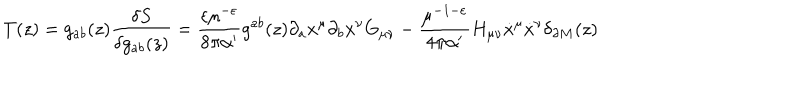
T ( z ) = g _ { a b } ( z ) \frac { \delta S } { \delta g _ { a b } ( z ) } = \frac { \varepsilon \mu ^ { - \varepsilon } } { 8 \pi \alpha ^ { \prime } } g ^ { a b } ( z ) \partial _ { a } x ^ { \mu } \partial _ { b } x ^ { \nu } G _ { \mu \nu } - \frac { \mu ^ { - 1 - \varepsilon } } { 4 \pi \alpha ^ { \prime } } H _ { \mu \nu } \dot { x } ^ { \mu } \dot { x } ^ { \nu } \delta _ { \partial M } ( z )